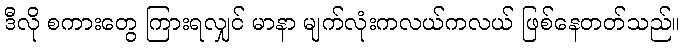
ဒီလို စကားတွေ ကြားရလျှင် မာနာ မျက်လုံးကလယ်ကလယ် ဖြစ်နေတတ်သည်။